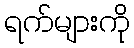
ရက်များကို